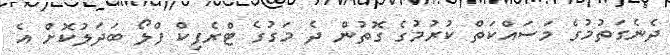
ދެނެގަތުމުގެ މަސައްކަތް ކުރުމުގެ ގޮތުން ދެ މަގުގެ ޓްރެފިކް ފްލޯ ބަދަލުކޮށް އެ